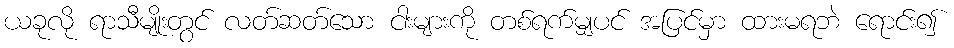
ယခုလို ရာသီမျိုးတွင် လတ်ဆတ်သော ငါးများကို တစ်ရက်မျှပင် အပြင်မှာ ထားမရဘဲ ရောင်း၍